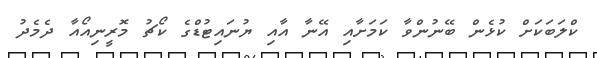
ކްލަބަކަށް ކުޅެން ބޭނުންވާ ކަމަށާއި އޭނާ އާއި ޔުނައިޓުޑްގެ ކޯޗު މޮރީނިއޯއާ ދެމެދު